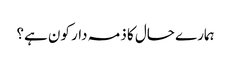
ہمارے حال کا ذمہ دار کون ہے؟